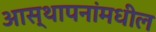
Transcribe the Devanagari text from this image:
आस्थापनांमधील